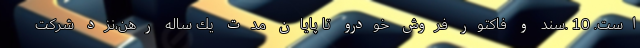
است. 10 .سند و فاكتور فروش خودرو تا پايان مدت يك ساله رهن،نزد شركت